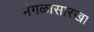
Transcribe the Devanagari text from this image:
मंगळासारखा